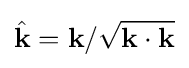
{\hat {\mathbf {k} }}=\mathbf {k} /{\sqrt {\mathbf {k} \cdot \mathbf {k} }}